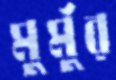
মুর্মুর